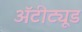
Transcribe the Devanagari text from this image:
अॅटीट्यूड